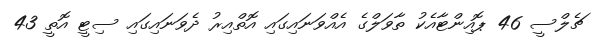
ޗެލްސީ 46 ޕޮއިންޓާއެކު ތާވަލްގެ އެއްވަނައިގައި އޮތްއިރު ދެވަނައިގައި ސިޓީ އޮތީ 43